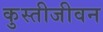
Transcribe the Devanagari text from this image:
कुस्तीजीवन